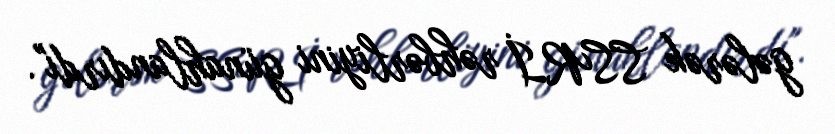
gələrək SSRİ rəhbərliyini günahlandırdı".